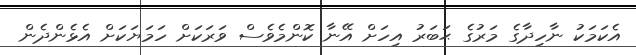
އެކަމަކު ނާހިދާގެ މަރުގެ ޙަބަރު އިހަށް އޭނާ ކޮންމެވެސް ވަރަކަށް ހަމަޔަކަށް އެޅެންދެން